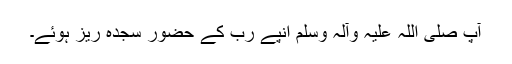
آپ صلی اللہ علیہ وآلہ وسلم انپے رب کے حضور سجدہ ریز ہوئے۔